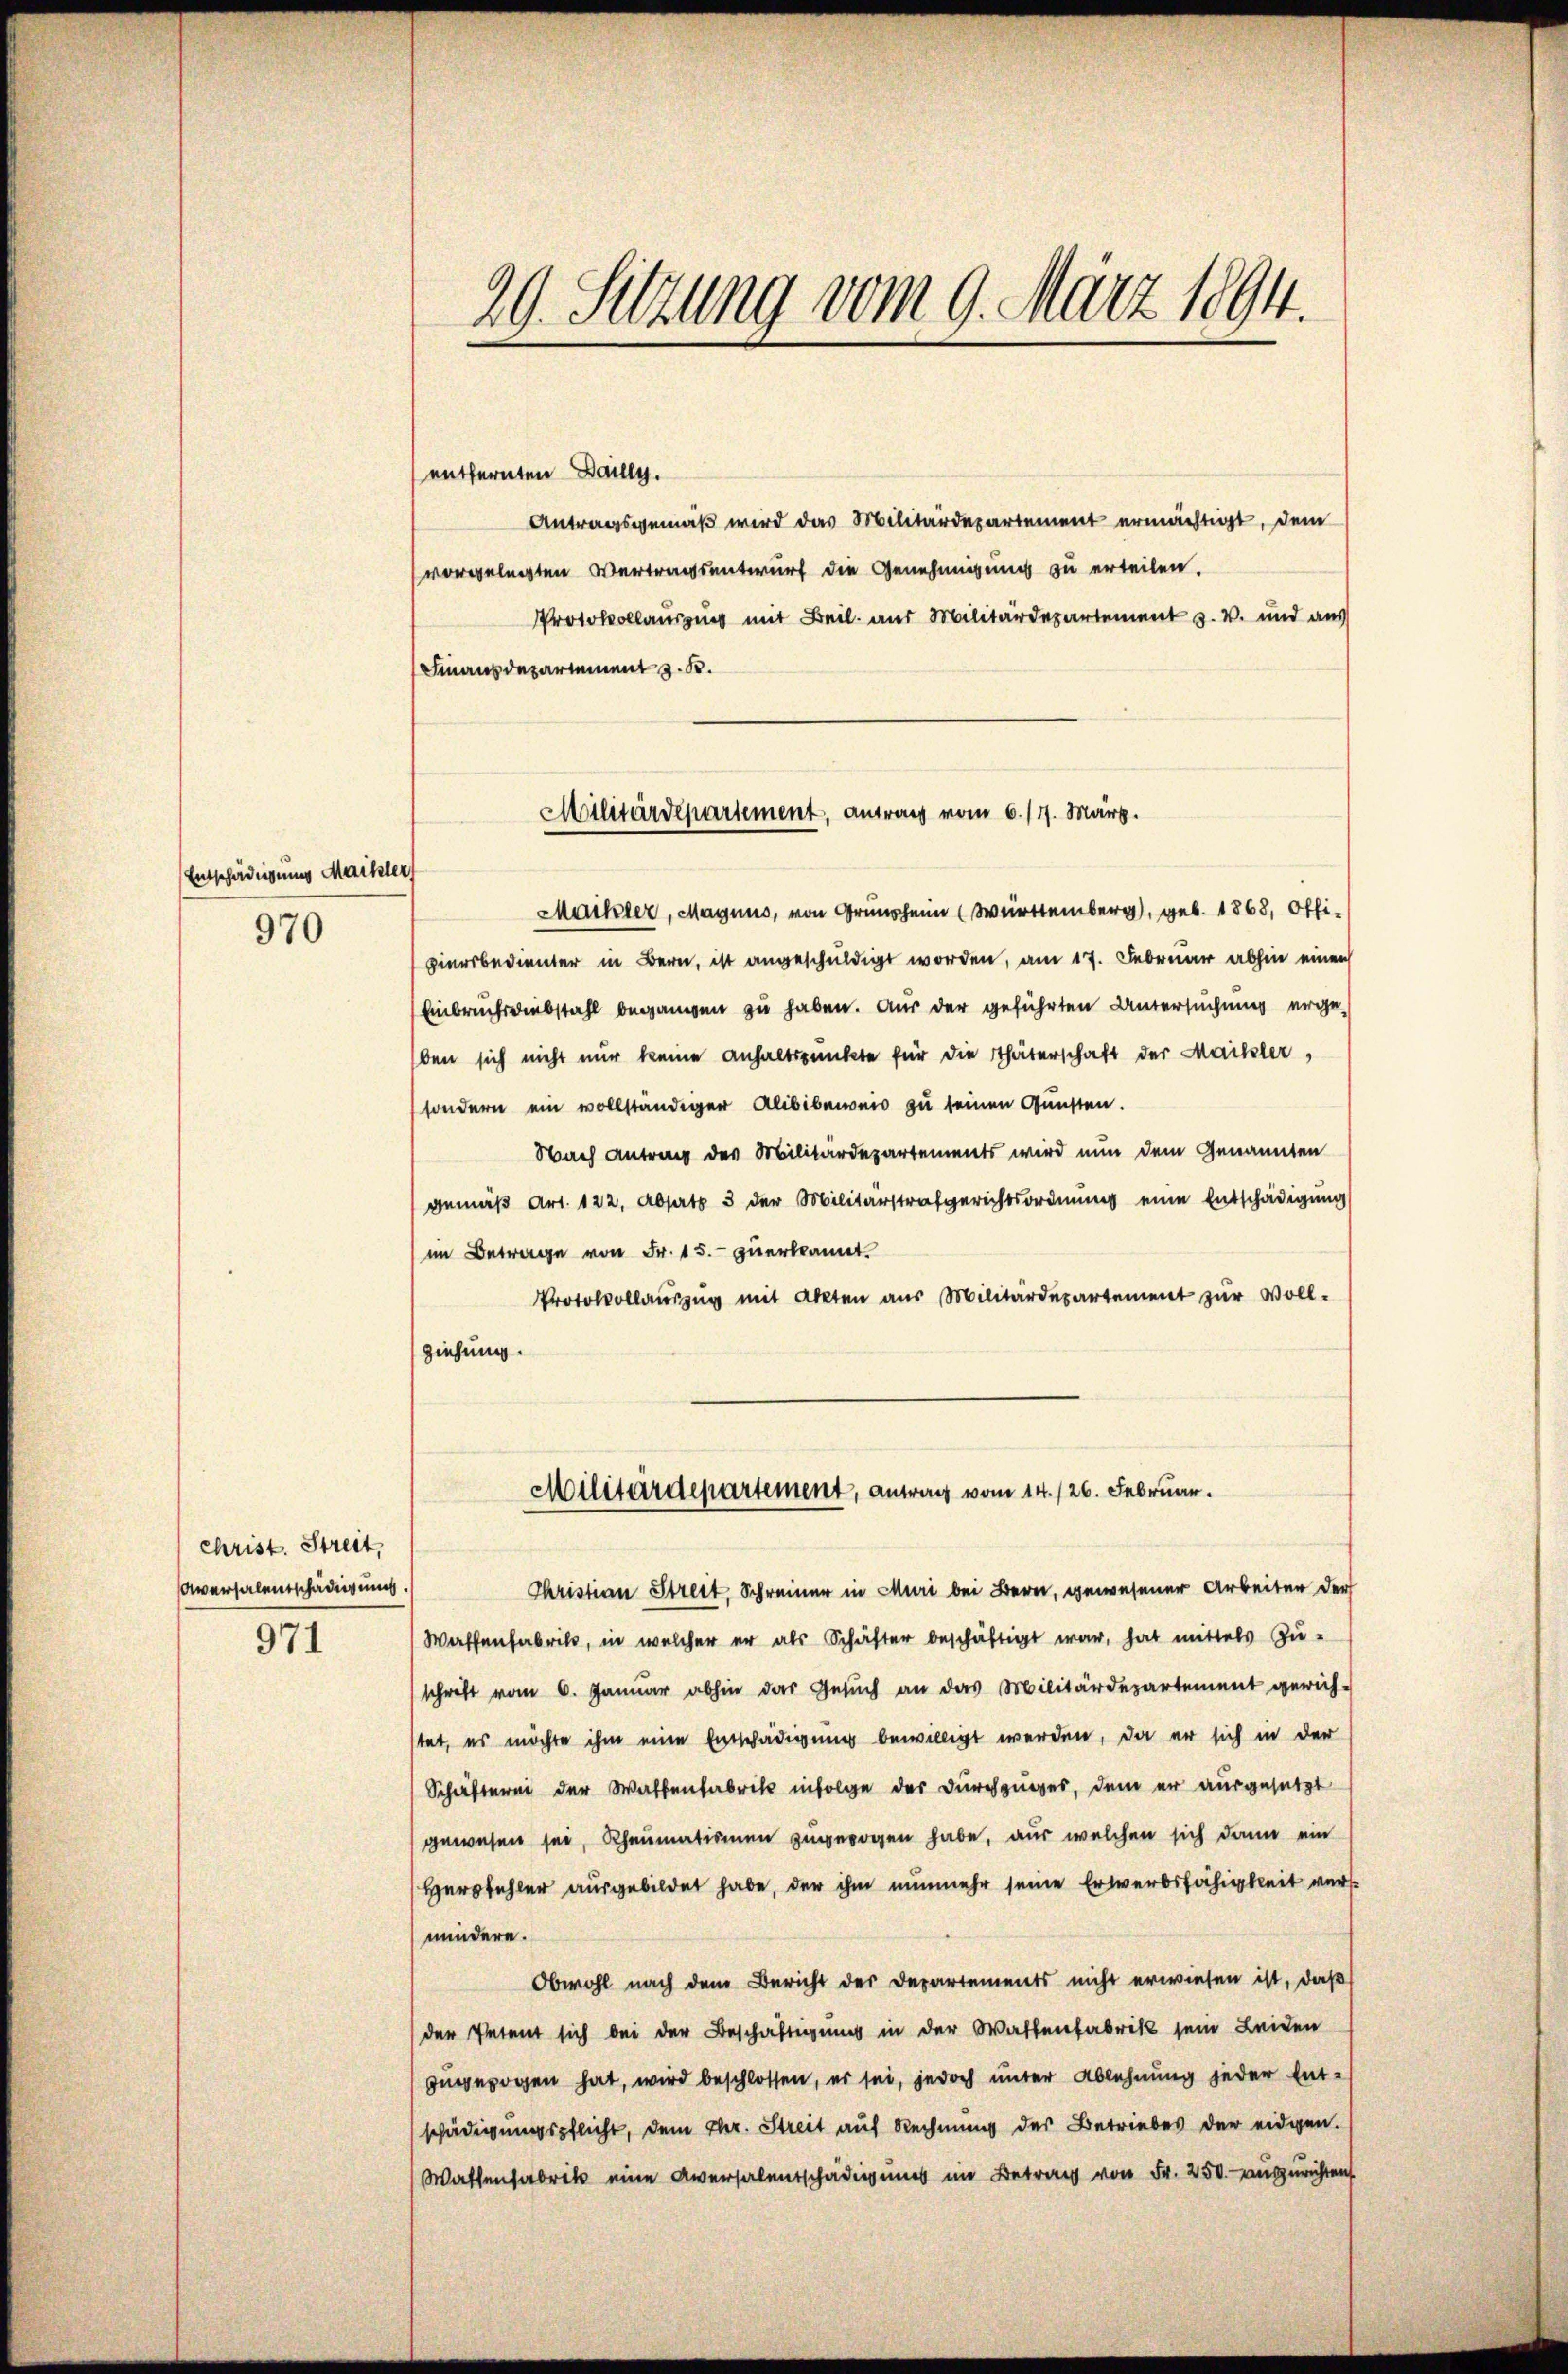
Entschädigung Maikler

970

Christ. Streit,
Aversalentschädigung.

971

29. Sitzung vom 9. März 1894.

entfernten Bally.
Antragsgemäβ wird das Militärdepartement ermächtigt, dem
vorgelegten Vertragsentwurf die Genehmigung zu erteilen.
Protokollausung mit Beil. aus Militärdepartement u. v. und aus
Finaus departement z. B.
Maikler, Magnus, von Gruen Württemberg, geb. 1868, Offi-
piersbedienter in Bern, ist angeschuldigt worden, am 17. Februar abhin einen
Einbruchsdiebstahl begangen zu haben. Aus der geführten Untersuchung ergeben sich nicht nur keine anhaltspunkte für die Thäterschaft der Mackler,
sondern ein vollständiger Alibibenden zu seinen Gunsten.
Nach Antrag des Militärdepartements wird nun dem Genannten
gemäß Art. 122, Absatz 3 der Militärstrafgerichtsordnung eine Entschädigung
im Betrage von Fr. 15. zuerkannt.
Protokollauszug mit Akten aus Militärdepartement zur Voll-
ziehung.
Militärdepartement, antrag vom 14./26. Februar.
Christian Streit, Schreiner in Muri bei Bern, gewesener Arbeiter der
Waffenfabrils, in welcher er als Schäfter beschäftigt war, hat mittels Zu-
schrift vom 6. Januar abhin das Gesŭch an das Militärdepartement gerich-
tet, es möchte ihm eine Entschädigung bewilligt werden, da er sich in der
Schäfterei der Wallenfabrik infolge der Durchzuges, dem er ausgesetzt
gewesen sei, Rheumationen zugezogen habe, aus welchen sich dann ein
Herfehler ausgebildet habe, der ihm nunmehr seine Erwerbsfähigkeit versmindere.
Obwohl nach dem Bericht der Departements nicht erwiesen ist, daß
der Petent sich bei der Beschäftigung in der Wallenfabrik sein Leiden
angezogen hat, wird beschlossen, es sei, jedoch unter Ablehnung jeder Entschädigungspflicht, dem Chr. Streit auf Rechnung des Betriebes der eidgen.
Wattenfabrik eine Aversalentschädigung im Betrag von Fr. 250. auszurichten

Militärdepartement, antrag vom 6./17. März.